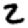
Digit: 2